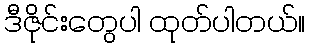
ဒီဇိုင်းတွေပါ ထုတ်ပါတယ်။